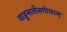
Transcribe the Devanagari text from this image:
वाङ्मनातीतगोचरम्